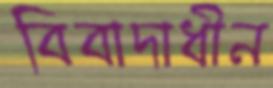
বিবাদাধীন